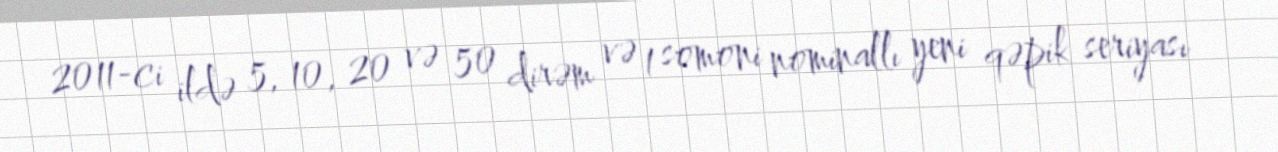
2011-ci ildə 5, 10, 20 və 50 dirəm və 1 somoni nominallı yeni qəpik seriyası